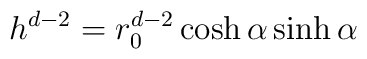
h^{d-2} = r_0^{d-2} \cosh \alpha \sinh \alpha